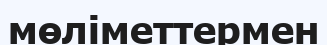
мөліметтермен